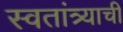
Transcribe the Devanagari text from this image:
स्वतांत्र्याची